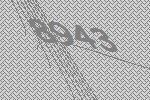
8943